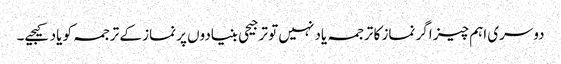
دوسری اہم چیز اگر نماز کا ترجمہ یاد نہیں تو ترجیحی بنیادوں پر نماز کے ترجمہ کو یاد کیجیے۔